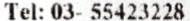
TEL: 03- 55423228